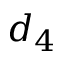
d _ { 4 }